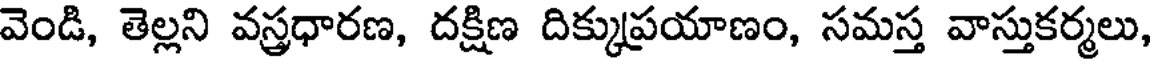
వెండి, తెల్లని వస్త్రధారణ, దక్షిణ దిక్కుప్రయాణం, సమస్త వాస్తుకర్మలు,